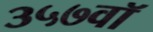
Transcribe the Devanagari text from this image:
३५७वॉ